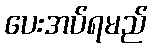
ပေးအပ်ရမည်